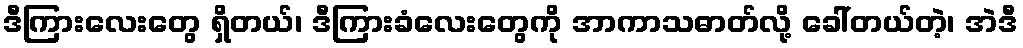
ဒီကြားလေးတွေ ရှိတယ်၊ ဒီကြားခံလေးတွေကို အာကာသဓာတ်လို့ ခေါ်တယ်တဲ့၊ အဲဒီ